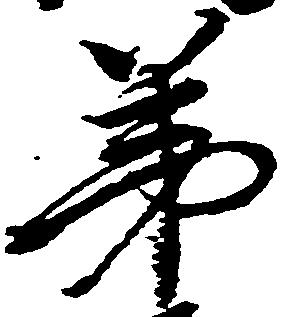
弟